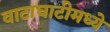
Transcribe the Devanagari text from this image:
वाटाघाटीमध्ये